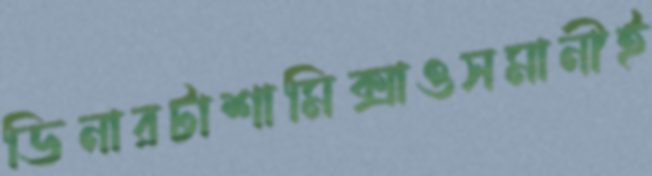
ডিনারটাশামিক্সাওসমানীই